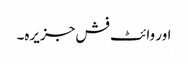
اور وائٹ فش جزیرہ۔